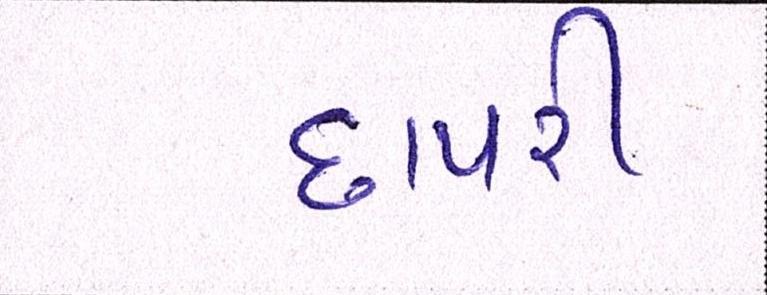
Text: છાપરી